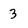
Character: 3